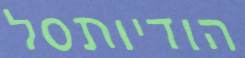
הודיותסל